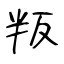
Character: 叛